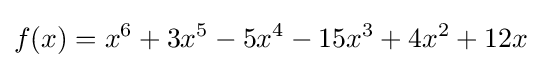
f(x)=x^{6}+3x^{5}-5x^{4}-15x^{3}+4x^{2}+12x